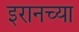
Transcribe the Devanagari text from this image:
इरानच्या